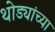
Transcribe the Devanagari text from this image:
थोड्यांच्या